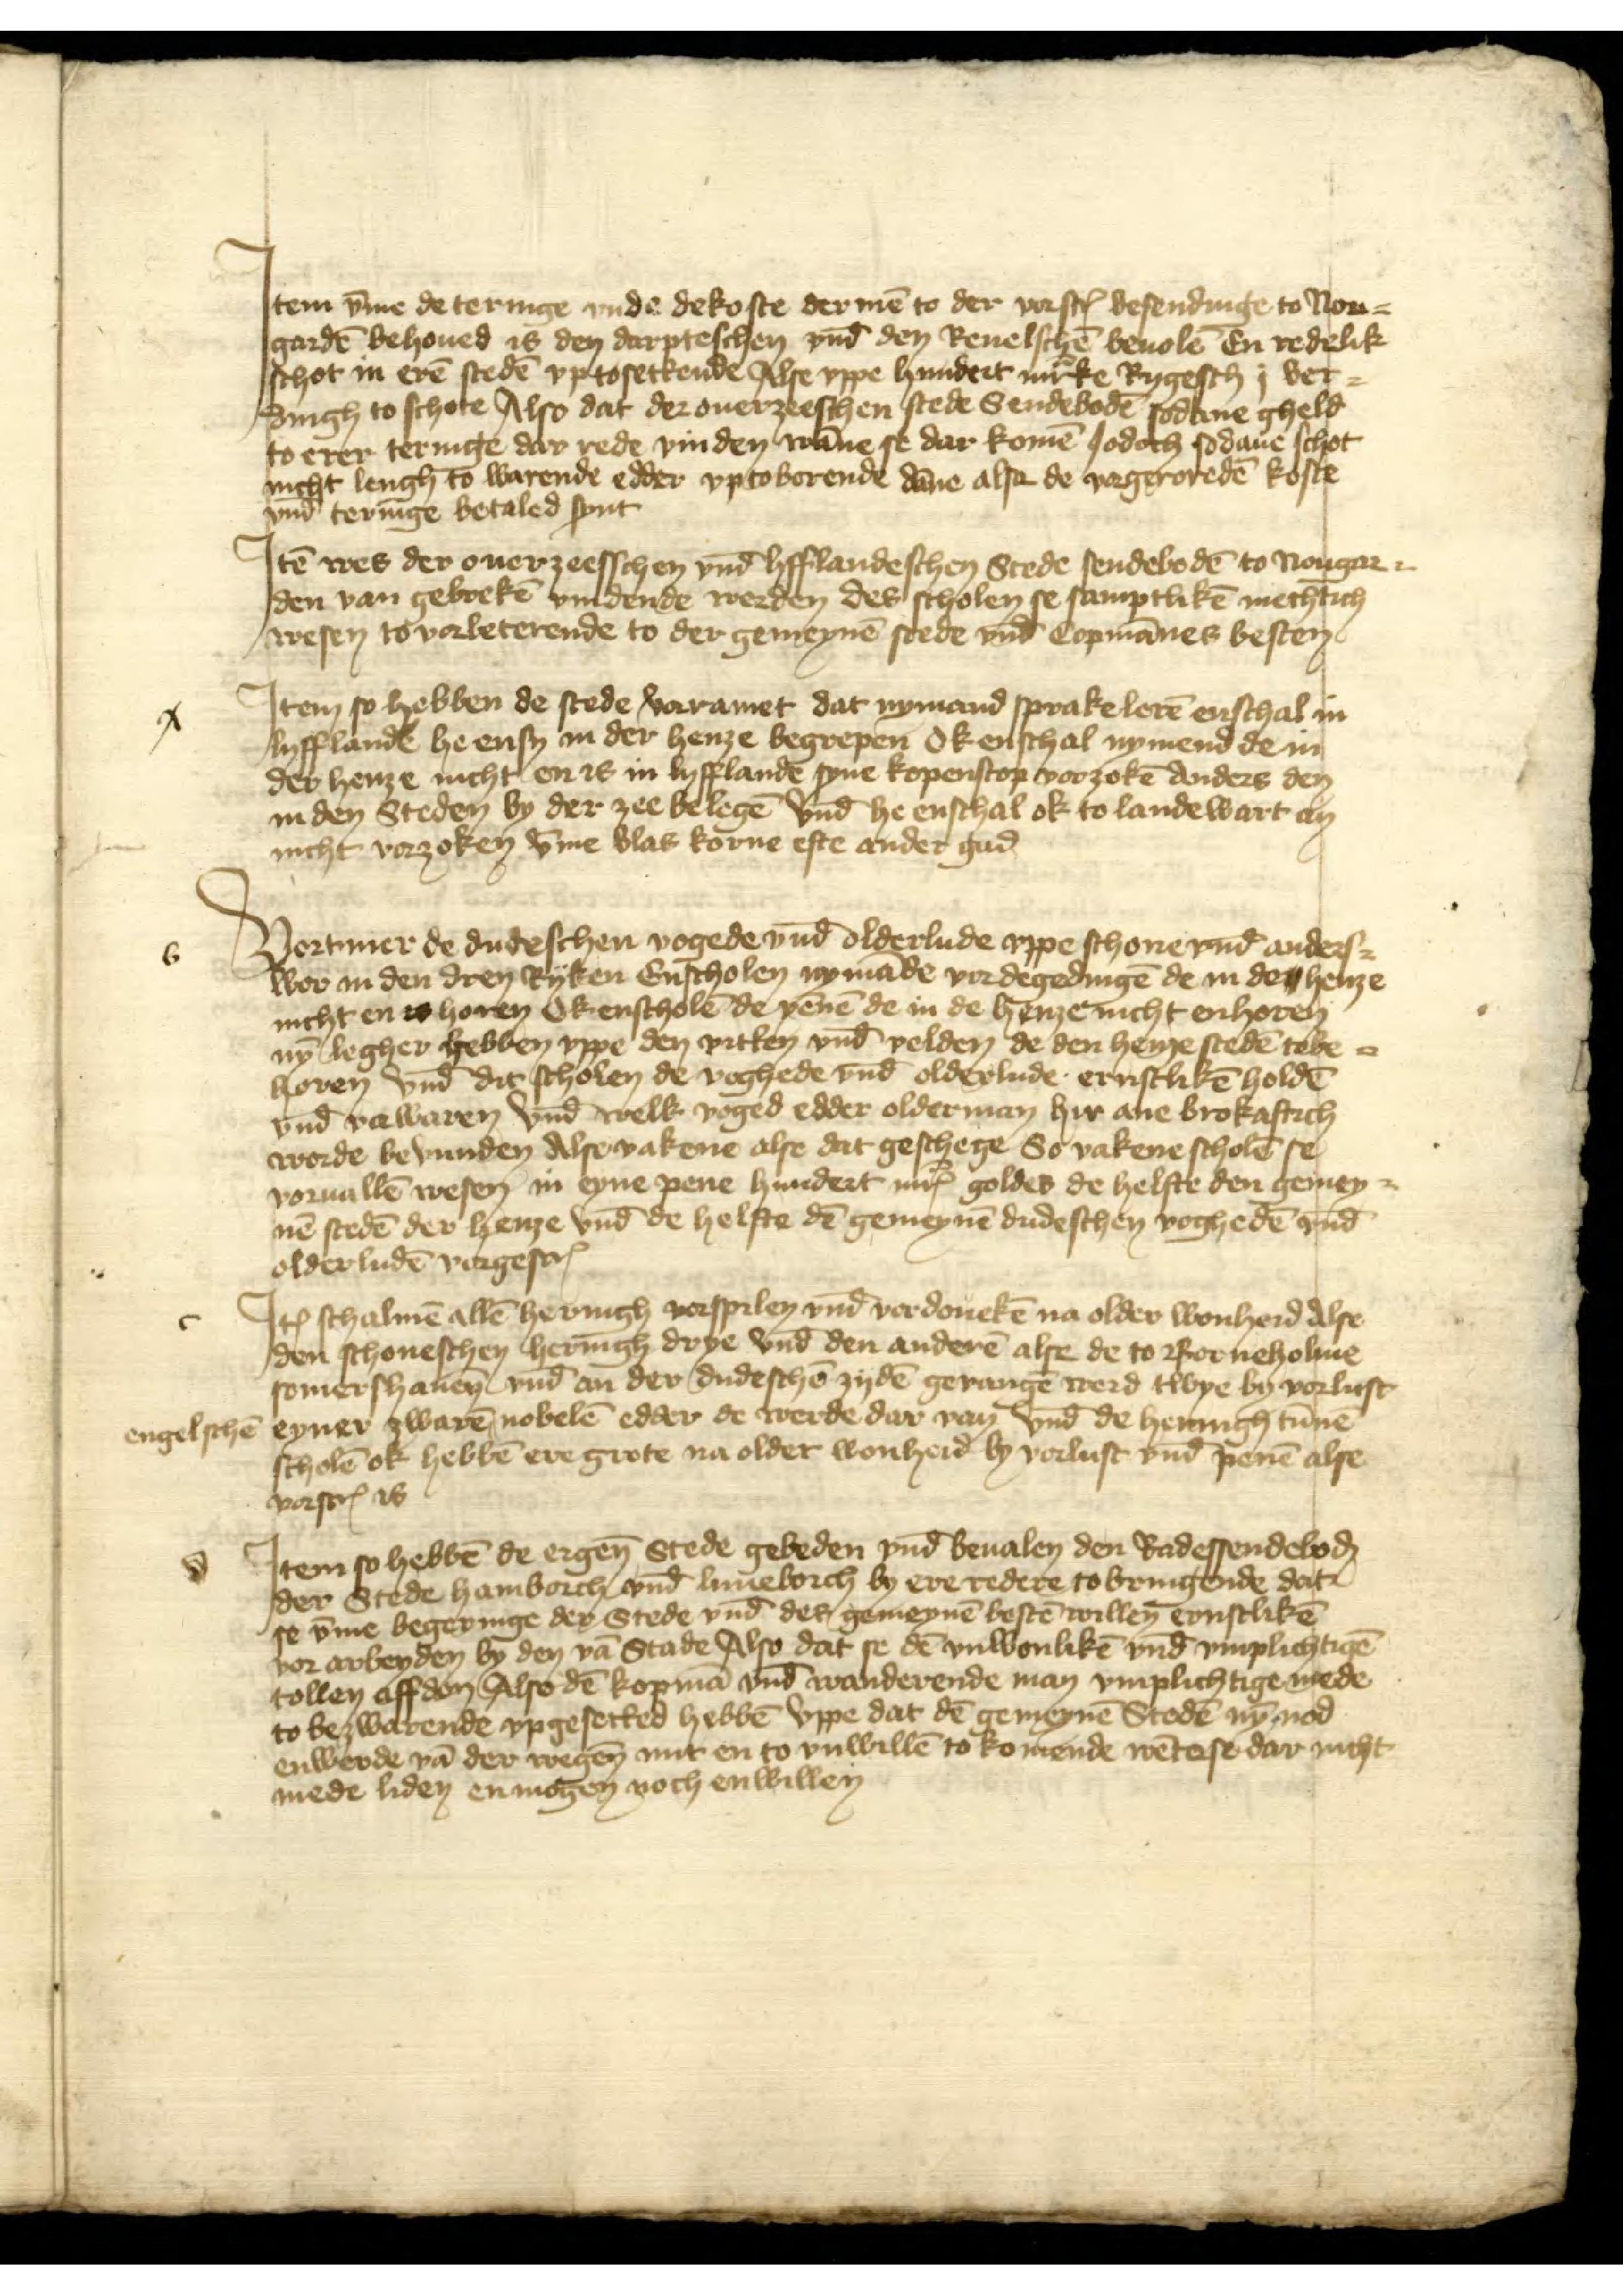
Jtem v̄me de teringe vnde de koste der mē to der vorscrꝬ besendinge to Nou¬
gardē behoued is den darptescheen vnd̄ den Reuelschē beuolē En redelik
schot in erē stedē vp tosettende Alse vppe hundert mͣrke Rygesch j ver¬
dingh to schote Also dat der ouerzeeschen stede Sendebodē sodane gheld
to erer teringe dar rede vinden wāne se dar komē Jodoch sodane schot
nicht lengh to warende edder vp to borende dāne alse de vorgeroredē koste
vnd̄ teringe betaled synt

Jtē wes der ouerzeesschen vnd̄ lifflandeschen Stede sendebodē to Nougar¬
den van gebrekē vindende werden des scholen se samptlikē mechtich
wesen to vorbeterende to der gemeynē stede vnd Copmānes besten

A

Jtem so hebben de stede vorramet dat nymand sprake lerē enschal in
Lyfflande he ensy in der henze begrepen ok enschal nymend de in
der henze nicht en is in Lyfflande syne kopenscop vorzokē anders den
in den Steden by der zee belegē vnd̄ he enschal ok to lande wart an
nicht vorzoken v̄me vlas korne efte ander gud

b

Vortmer de dudeschen vogede vnd̄ olderlude vppe schone vnd̄ anders
wer in den drey Ryken Enscholen nymande vordegedingē de in den henze
nicht en to horen Ok enscholē de yēnē de in de henze nicht enhoren
nȳ legher hebben vppe den vitten vnd̄ velden de den henze stedē tobe¬
horen vnd̄ dit scholen de voghede vnd̄ olderlude ernstlikē holdē
vnd̄ verwaren vnd welk voged edder olderman hir ane brokaftich
worde bevunden Alse vakene alse dat geschege So vakene scholē se
voruallē wesen in eyne pene hundert mrꝬ goldes de helffte den geme¬
nē stedē der henze vnd̄ de helfte dē gemeynē dudeschen voghedē vnd̄
olderludē nagescrꝬ

c

Jꝷ schalmē allē Heringh vorspilen vnd̄ verdouekē na older wonheid alse
den schoneschen heringh doye vnd̄ den anderē alse de to Borneholme
somershauen vnd̄ an der dudeschē zydē gevangē werd twye by vorlust
eyner zwarē ^ nobelē edder de werde dar van vnd̄ de heringh tūnē
scholē ok hebbē ere grote na older wonheid by vorlust vnd̄ penē alse
vorscrꝬ is

engeleschē

d

Jtem so hebbē de ergen̄ Stede gebeden vnd̄ beualen den Radessendeboḑ
der Stede Hamborch vnd̄ Luneborch by ere redere tobringende dat
se v̄me begeringe der Stede vnd̄ des gemeynē bestē willen ernstlikē
vorarbeyden by den vā Stade Also dat se dē vnwonlikē vnd̄ vmplichtigē
tollen affdon Also dē kopmā vnd̄ wanderende man vmplichtige mede
to bewarende vpgesetted hebbē vppe dat dē gemeynē Stedē nȳ nod
enwerde vā der wegen̄ mit en to vnwillē to komende wēte se dar nicht
mede liden enmogen noch enwillen